Indian Civil Veterinary Department memoirs
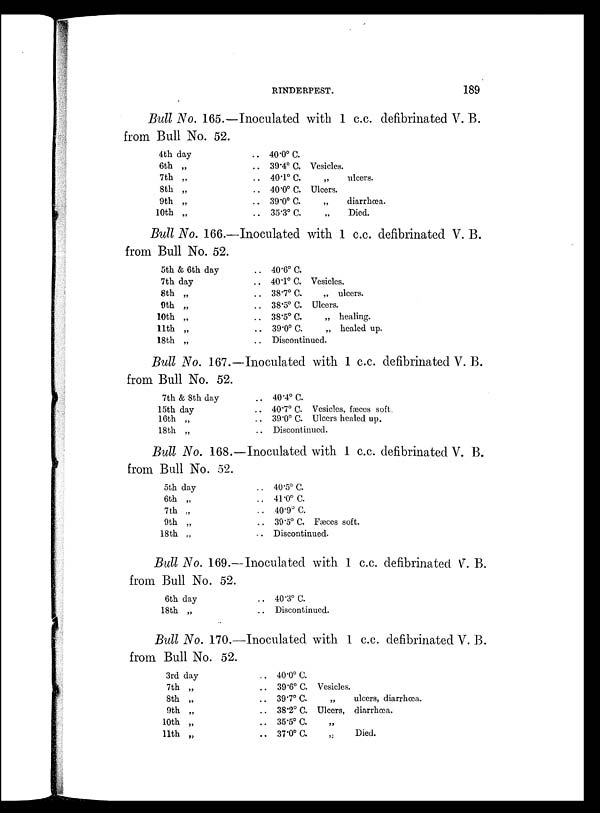
RINDERPEST.
189
Bull No. 165.—Inoculated with 1 c.c. defibrinated V. B.
from Bull No. 52.
4th day
6th „
7th „
8th „
9th „
10th „
.. 40.0º C.
.. 39.4º C. Vesicles.
.. 40.1º C.
„
ulcers.
.. 40.0º C. Ulcers.
.. 39.0º C.
„
diarrhœa.
.. 35.3º C.
„
Died.
Bull No. 166.—Inoculated with 1 c.c. defibrinated V. B.
from Bull No. 52.
5th & 6th day
7th day
8th „
9th „
10th „
11th „
18th „
.. 40.6º C.
.. 40.1º C. Vesicles.
.. 38.7º C.
„ ulcers.
.. 38.5º C. Ulcers.
.. 38.5º C.
„ healing.
.. 39.0º C.
„ healed up.
.. Discontinued.
Bull No. 167.—Inoculated with 1 c.c. defibrinated V. B.
from Bull No. 52.
7th & 8th day
15th day
16th „
18th „
.. 40.4º C.
.. 40.7º C. Vesicles, fæces soft.
.. 39.0º C. Ulcers healed up.
.. Discontinued.
Bull No. 168.—Inoculated with 1 c.c. defibrinated V. B.
from Bull No. 52.
5th day
6th „
7th „
9th „
18th „
.. 40.5º C.
.. 41.0º C.
.. 40.9º C.
.. 39.5º C. Fæces soft.
.. Discontinued.
Bull No. 169.—Inoculated with 1 c.c. defibrinated V. B.
from Bull No. 52.
6th day
18th „
.. 40.3º C.
.. Discontinued.
Bull No. 170.—Inoculated with 1 c.c. defibrinated V. B.
from Bull No. 52.
3rd day
7th „
8th „
9th „
10th „
11th „
.. 40.0º C.
.. 39.6º C. Vesicles.
.. 39.7º C
„
ulcers, diarrhœa.
.. 38.2º C. Ulcers, diarrhœa.
.. 35.5º C. „
.. 37.0º C.
„
Died.